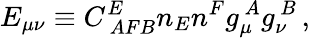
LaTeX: E_{\mu\nu}\equiv C_{~AFB}^{E}n_{E}n^{F}g_{\mu}^{~A}g_{\nu}^{~B}\, ,